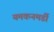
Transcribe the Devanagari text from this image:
यमकनमर्डी